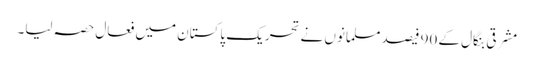
مشرقی بنگال کے 90 فیصد مسلمانوں نے تحریک پاکستان میں فعال حصہ لیا۔